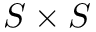
S \times S